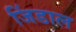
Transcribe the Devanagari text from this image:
जिंडाल